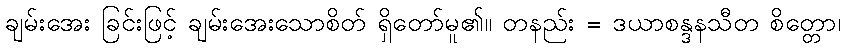
ချမ်းအေး ခြင်းဖြင့် ချမ်းအေးသောစိတ် ရှိတော်မူ၏။ တနည်း = ဒယာစန္ဒနသီတ စိတ္တော၊